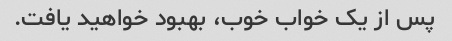
پس از یک خواب خوب، بهبود خواهید یافت.